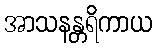
အာသနန္တရိကာယ